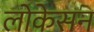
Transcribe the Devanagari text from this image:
लोकेसन